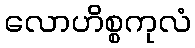
လောဟိစ္စကုလံ